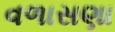
વળાસણા